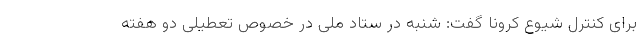
برای کنترل شیوع کرونا گفت: شنبه در ستاد ملی در خصوص تعطیلی دو هفته